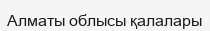
Алматы облысы қалалары